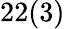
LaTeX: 22(3)